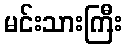
မင်းသားကြီး